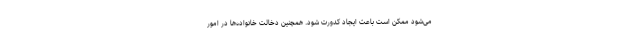
می‌شود ممکن است باعث ایجاد کدورت شود. همچنین دخالت خانواده‌ها در امور